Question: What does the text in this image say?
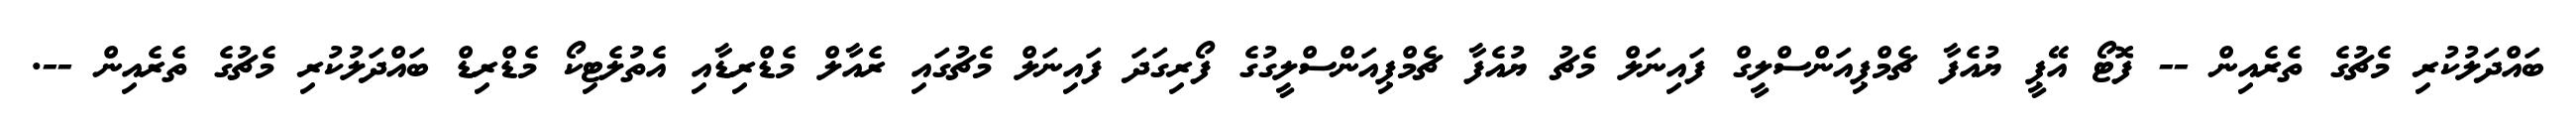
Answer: ބައްދަލުކުރި މެޗުގެ ތެރެއިން -- ފޮޓޯ އޭޕީ ޔުއެފާ ޗެމްޕިއަންސްލީގް ފައިނަލް މެޗު ޔުއެފާ ޗެމްޕިއަންސްލީގުގެ ފޯރިގަދަ ފައިނަލް މެޗުގައި ރެއާލް މެޑްރިޑާއި އެތުލެޓިކޯ މެޑްރިޑް ބައްދަލުކުރި މެޗުގެ ތެރެއިން --.